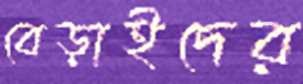
বেড়াইদের